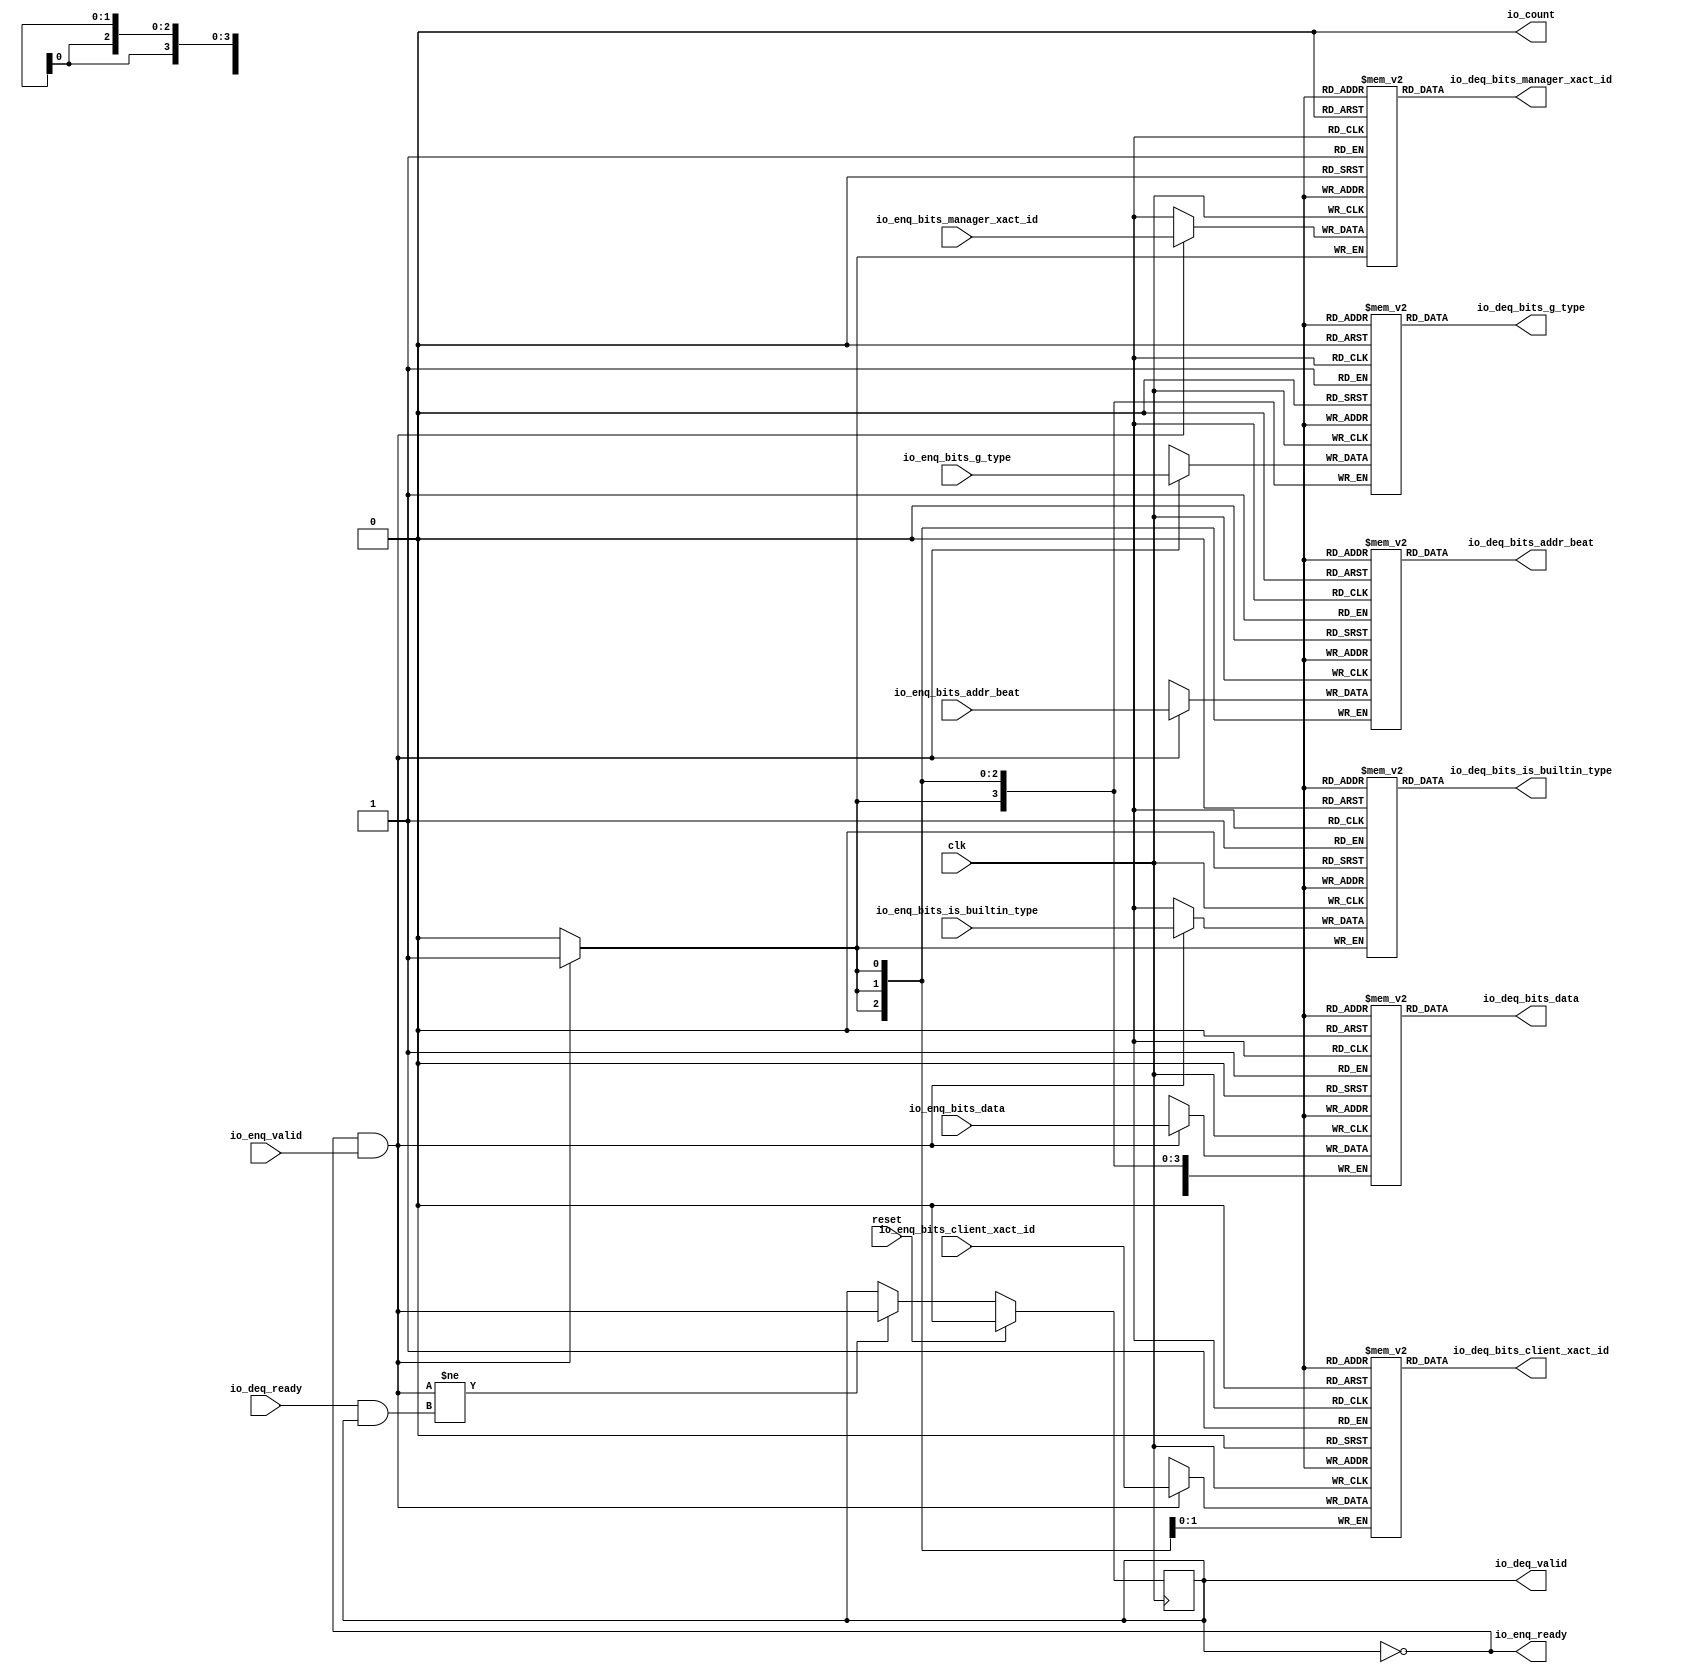
module Queue_9(
  input   clk,
  input   reset,
  output  io_enq_ready,
  input   io_enq_valid,
  input  [2:0] io_enq_bits_addr_beat,
  input  [1:0] io_enq_bits_client_xact_id,
  input   io_enq_bits_manager_xact_id,
  input   io_enq_bits_is_builtin_type,
  input  [3:0] io_enq_bits_g_type,
  input  [63:0] io_enq_bits_data,
  input   io_deq_ready,
  output  io_deq_valid,
  output [2:0] io_deq_bits_addr_beat,
  output [1:0] io_deq_bits_client_xact_id,
  output  io_deq_bits_manager_xact_id,
  output  io_deq_bits_is_builtin_type,
  output [3:0] io_deq_bits_g_type,
  output [63:0] io_deq_bits_data,
  output  io_count
);
  reg [2:0] ram_addr_beat [0:0];
  reg [31:0] GEN_0;
  wire [2:0] ram_addr_beat_T_244_data;
  wire  ram_addr_beat_T_244_addr;
  wire  ram_addr_beat_T_244_en;
  wire [2:0] ram_addr_beat_T_215_data;
  wire  ram_addr_beat_T_215_addr;
  wire  ram_addr_beat_T_215_mask;
  wire  ram_addr_beat_T_215_en;
  reg [1:0] ram_client_xact_id [0:0];
  reg [31:0] GEN_1;
  wire [1:0] ram_client_xact_id_T_244_data;
  wire  ram_client_xact_id_T_244_addr;
  wire  ram_client_xact_id_T_244_en;
  wire [1:0] ram_client_xact_id_T_215_data;
  wire  ram_client_xact_id_T_215_addr;
  wire  ram_client_xact_id_T_215_mask;
  wire  ram_client_xact_id_T_215_en;
  reg  ram_manager_xact_id [0:0];
  reg [31:0] GEN_2;
  wire  ram_manager_xact_id_T_244_data;
  wire  ram_manager_xact_id_T_244_addr;
  wire  ram_manager_xact_id_T_244_en;
  wire  ram_manager_xact_id_T_215_data;
  wire  ram_manager_xact_id_T_215_addr;
  wire  ram_manager_xact_id_T_215_mask;
  wire  ram_manager_xact_id_T_215_en;
  reg  ram_is_builtin_type [0:0];
  reg [31:0] GEN_3;
  wire  ram_is_builtin_type_T_244_data;
  wire  ram_is_builtin_type_T_244_addr;
  wire  ram_is_builtin_type_T_244_en;
  wire  ram_is_builtin_type_T_215_data;
  wire  ram_is_builtin_type_T_215_addr;
  wire  ram_is_builtin_type_T_215_mask;
  wire  ram_is_builtin_type_T_215_en;
  reg [3:0] ram_g_type [0:0];
  reg [31:0] GEN_4;
  wire [3:0] ram_g_type_T_244_data;
  wire  ram_g_type_T_244_addr;
  wire  ram_g_type_T_244_en;
  wire [3:0] ram_g_type_T_215_data;
  wire  ram_g_type_T_215_addr;
  wire  ram_g_type_T_215_mask;
  wire  ram_g_type_T_215_en;
  reg [63:0] ram_data [0:0];
  reg [63:0] GEN_5;
  wire [63:0] ram_data_T_244_data;
  wire  ram_data_T_244_addr;
  wire  ram_data_T_244_en;
  wire [63:0] ram_data_T_215_data;
  wire  ram_data_T_215_addr;
  wire  ram_data_T_215_mask;
  wire  ram_data_T_215_en;
  reg  maybe_full;
  reg [31:0] GEN_6;
  wire  T_212;
  wire  T_213;
  wire  do_enq;
  wire  T_214;
  wire  do_deq;
  wire  T_239;
  wire  GEN_15;
  wire  T_241;
  wire [1:0] T_266;
  wire  ptr_diff;
  wire [1:0] T_268;
  assign io_enq_ready = T_212;
  assign io_deq_valid = T_241;
  assign io_deq_bits_addr_beat = ram_addr_beat_T_244_data;
  assign io_deq_bits_client_xact_id = ram_client_xact_id_T_244_data;
  assign io_deq_bits_manager_xact_id = ram_manager_xact_id_T_244_data;
  assign io_deq_bits_is_builtin_type = ram_is_builtin_type_T_244_data;
  assign io_deq_bits_g_type = ram_g_type_T_244_data;
  assign io_deq_bits_data = ram_data_T_244_data;
  assign io_count = T_268[0];
  assign ram_addr_beat_T_244_addr = 1'h0;
  assign ram_addr_beat_T_244_en = 1'h1;
  assign ram_addr_beat_T_244_data = ram_addr_beat[ram_addr_beat_T_244_addr];
  assign ram_addr_beat_T_215_data = io_enq_bits_addr_beat;
  assign ram_addr_beat_T_215_addr = 1'h0;
  assign ram_addr_beat_T_215_mask = do_enq;
  assign ram_addr_beat_T_215_en = do_enq;
  assign ram_client_xact_id_T_244_addr = 1'h0;
  assign ram_client_xact_id_T_244_en = 1'h1;
  assign ram_client_xact_id_T_244_data = ram_client_xact_id[ram_client_xact_id_T_244_addr];
  assign ram_client_xact_id_T_215_data = io_enq_bits_client_xact_id;
  assign ram_client_xact_id_T_215_addr = 1'h0;
  assign ram_client_xact_id_T_215_mask = do_enq;
  assign ram_client_xact_id_T_215_en = do_enq;
  assign ram_manager_xact_id_T_244_addr = 1'h0;
  assign ram_manager_xact_id_T_244_en = 1'h1;
  assign ram_manager_xact_id_T_244_data = ram_manager_xact_id[ram_manager_xact_id_T_244_addr];
  assign ram_manager_xact_id_T_215_data = io_enq_bits_manager_xact_id;
  assign ram_manager_xact_id_T_215_addr = 1'h0;
  assign ram_manager_xact_id_T_215_mask = do_enq;
  assign ram_manager_xact_id_T_215_en = do_enq;
  assign ram_is_builtin_type_T_244_addr = 1'h0;
  assign ram_is_builtin_type_T_244_en = 1'h1;
  assign ram_is_builtin_type_T_244_data = ram_is_builtin_type[ram_is_builtin_type_T_244_addr];
  assign ram_is_builtin_type_T_215_data = io_enq_bits_is_builtin_type;
  assign ram_is_builtin_type_T_215_addr = 1'h0;
  assign ram_is_builtin_type_T_215_mask = do_enq;
  assign ram_is_builtin_type_T_215_en = do_enq;
  assign ram_g_type_T_244_addr = 1'h0;
  assign ram_g_type_T_244_en = 1'h1;
  assign ram_g_type_T_244_data = ram_g_type[ram_g_type_T_244_addr];
  assign ram_g_type_T_215_data = io_enq_bits_g_type;
  assign ram_g_type_T_215_addr = 1'h0;
  assign ram_g_type_T_215_mask = do_enq;
  assign ram_g_type_T_215_en = do_enq;
  assign ram_data_T_244_addr = 1'h0;
  assign ram_data_T_244_en = 1'h1;
  assign ram_data_T_244_data = ram_data[ram_data_T_244_addr];
  assign ram_data_T_215_data = io_enq_bits_data;
  assign ram_data_T_215_addr = 1'h0;
  assign ram_data_T_215_mask = do_enq;
  assign ram_data_T_215_en = do_enq;
  assign T_212 = maybe_full == 1'h0;
  assign T_213 = io_enq_ready & io_enq_valid;
  assign do_enq = T_213;
  assign T_214 = io_deq_ready & io_deq_valid;
  assign do_deq = T_214;
  assign T_239 = do_enq != do_deq;
  assign GEN_15 = T_239 ? do_enq : maybe_full;
  assign T_241 = T_212 == 1'h0;
  assign T_266 = 1'h0 - 1'h0;
  assign ptr_diff = T_266[0:0];
  assign T_268 = {maybe_full,ptr_diff};
`ifdef RANDOMIZE
  integer initvar;
  initial begin
    `ifndef verilator
      #0.002;
    `endif
  GEN_0 = {1{$random}};
  `ifdef RANDOMIZE
  for (initvar = 0; initvar < 1; initvar = initvar+1)
    ram_addr_beat[initvar] = GEN_0[2:0];
  `endif
  GEN_1 = {1{$random}};
  `ifdef RANDOMIZE
  for (initvar = 0; initvar < 1; initvar = initvar+1)
    ram_client_xact_id[initvar] = GEN_1[1:0];
  `endif
  GEN_2 = {1{$random}};
  `ifdef RANDOMIZE
  for (initvar = 0; initvar < 1; initvar = initvar+1)
    ram_manager_xact_id[initvar] = GEN_2[0:0];
  `endif
  GEN_3 = {1{$random}};
  `ifdef RANDOMIZE
  for (initvar = 0; initvar < 1; initvar = initvar+1)
    ram_is_builtin_type[initvar] = GEN_3[0:0];
  `endif
  GEN_4 = {1{$random}};
  `ifdef RANDOMIZE
  for (initvar = 0; initvar < 1; initvar = initvar+1)
    ram_g_type[initvar] = GEN_4[3:0];
  `endif
  GEN_5 = {2{$random}};
  `ifdef RANDOMIZE
  for (initvar = 0; initvar < 1; initvar = initvar+1)
    ram_data[initvar] = GEN_5[63:0];
  `endif
  `ifdef RANDOMIZE
  GEN_6 = {1{$random}};
  maybe_full = GEN_6[0:0];
  `endif
  end
`endif
  always @(posedge clk) begin
    if(ram_addr_beat_T_215_en & ram_addr_beat_T_215_mask) begin
      ram_addr_beat[ram_addr_beat_T_215_addr] <= ram_addr_beat_T_215_data;
    end
    if(ram_client_xact_id_T_215_en & ram_client_xact_id_T_215_mask) begin
      ram_client_xact_id[ram_client_xact_id_T_215_addr] <= ram_client_xact_id_T_215_data;
    end
    if(ram_manager_xact_id_T_215_en & ram_manager_xact_id_T_215_mask) begin
      ram_manager_xact_id[ram_manager_xact_id_T_215_addr] <= ram_manager_xact_id_T_215_data;
    end
    if(ram_is_builtin_type_T_215_en & ram_is_builtin_type_T_215_mask) begin
      ram_is_builtin_type[ram_is_builtin_type_T_215_addr] <= ram_is_builtin_type_T_215_data;
    end
    if(ram_g_type_T_215_en & ram_g_type_T_215_mask) begin
      ram_g_type[ram_g_type_T_215_addr] <= ram_g_type_T_215_data;
    end
    if(ram_data_T_215_en & ram_data_T_215_mask) begin
      ram_data[ram_data_T_215_addr] <= ram_data_T_215_data;
    end
    if(reset) begin
      maybe_full <= 1'h0;
    end else begin
      if(T_239) begin
        maybe_full <= do_enq;
      end
    end
  end
endmodule